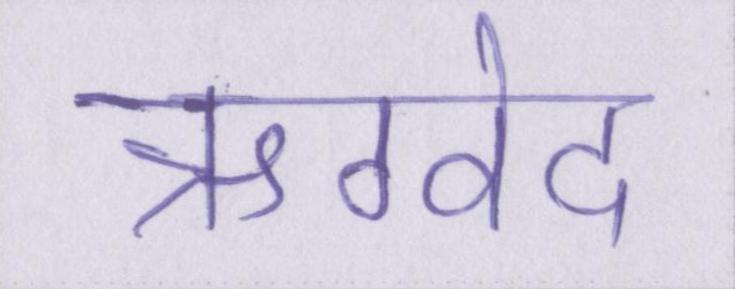
ऋग्वेद